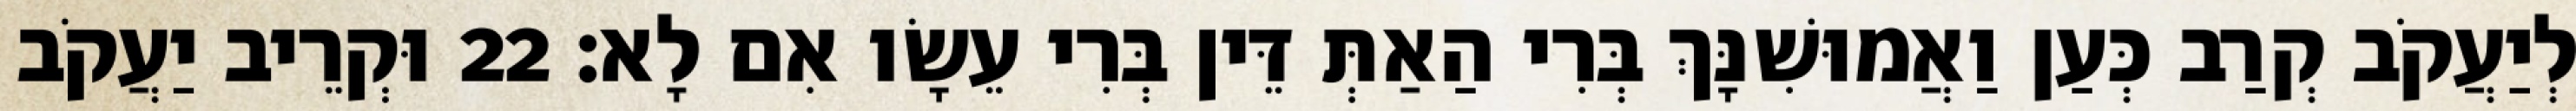
לְיַעֲקֹב קְרַב כְּעַן וַאֲמוּשִׁנָּךְ בְּרִי הַאַתְּ דֵּין בְּרִי עֵשָׂו אִם לָא׃ 22 וּקְרֵיב יַעֲקֹב